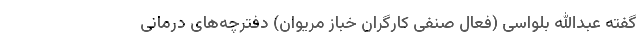
گفته عبدالله بلواسی (فعال صنفی کارگران خباز مریوان) دفترچه‌های درمانی